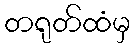
တရုတ်ထံမှ